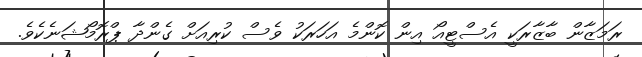
ރަމަޒާން ބާޒާރަކީ އެސްޓީއޯ އިން ކޮންމެ އަހަރަކު ވެސް ކުރިއަށް ގެންދާ ޕްރޮމޯޝަނެކެވެ.